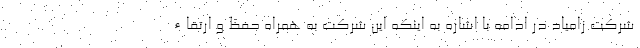
شرکت زامیاد در ادامه با اشاره به اينكه این شرکت به همراه حفظ و ارتقاء